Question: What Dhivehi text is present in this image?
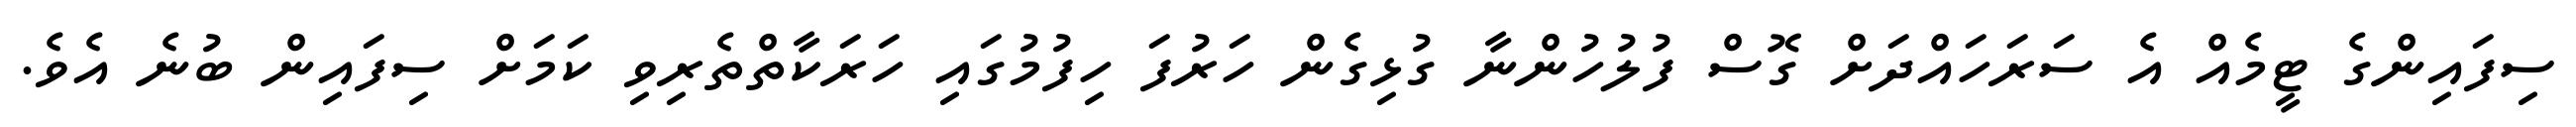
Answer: ސިފައިންގެ ޓީމެއް އެ ސަރަހައްދަށް ގޮސް ފުލުހުންނާ ގުޅިގެން ހަރުފަ ހިފުމުގައި ހަރަކާތްތެރިވި ކަމަށް ސިފައިން ބުނެ އެވެ.